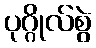
ပုဂ္ဂိုလ်စွဲ